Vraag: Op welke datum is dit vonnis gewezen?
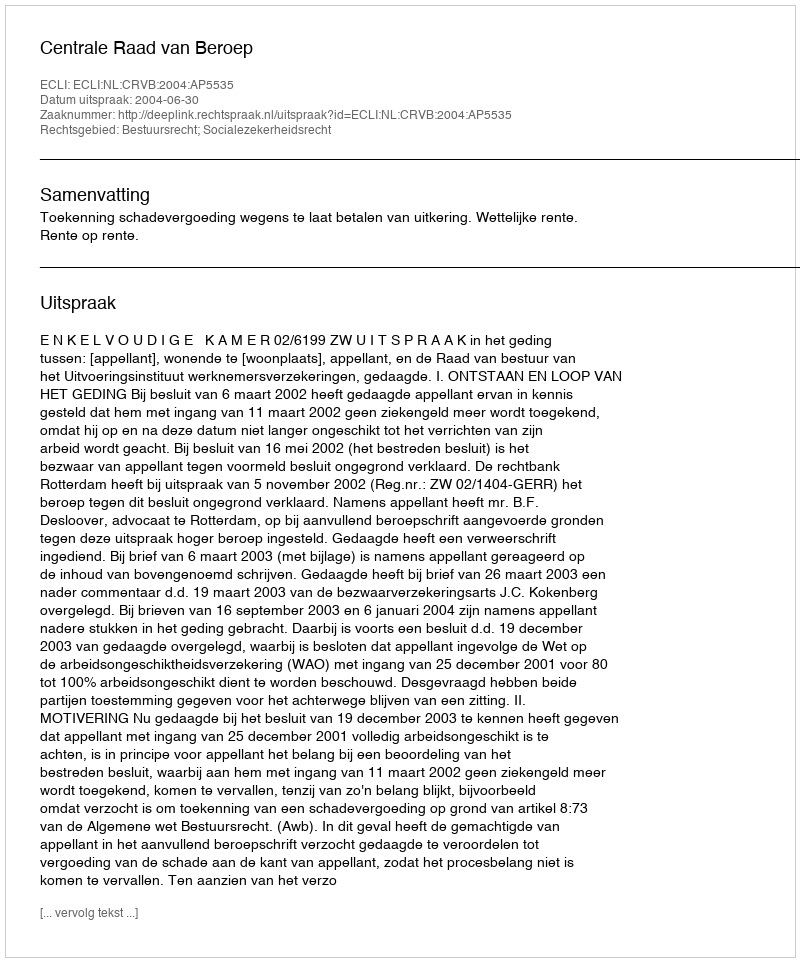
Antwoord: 2004-06-30